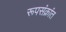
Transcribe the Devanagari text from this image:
रूपसंक्रांत